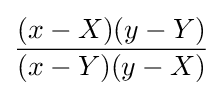
{\frac {(x-X)(y-Y)}{(x-Y)(y-X)}}